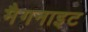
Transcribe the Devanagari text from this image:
मैगनाइट